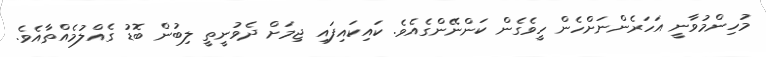
މުހިންމުވާނީ އަހަރެންނަށްހެން ހީވެގެން ކަންނޭންގެއެވެ. ކައިކައިފައި ޖިމަށް ދެވުނީތީ ލިބުން ބޮޑު ގެއްލުމެއްތާއެވެ.